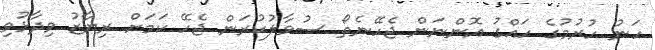
ހަނު ހުރުމުގެ ހައްގު އޮންނަން ޖެހޭނެތޯ ސުވާލުކުރަން ޖެހޭ ކަމަށް ރިޔާޒު ވިދާޅުވި